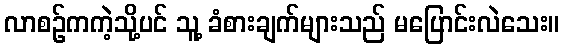
လာစဉ်ကကဲ့သို့ပင် သူ့ ခံစားချက်များသည် မပြောင်းလဲသေး။